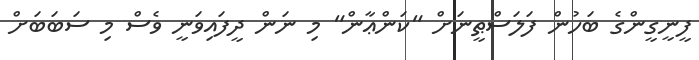
ފީނީގީންގެ ބަހުން ފަލަސްޠީނަށް "ކަންޢާން" މި ނަން ދީފައިވަނީ ވެސް މި ސަބަބަށް